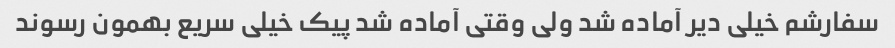
سفارشم خیلی دیر آماده شد ولی وقتی آماده شد پیک خیلی سریع بهمون رسوند